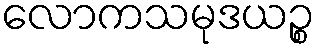
လောကသမုဒယဉ္စ